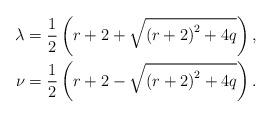
LaTeX: \begin{align*}\lambda & =\frac{1}{2}\left( r+2+\sqrt{\left( r+2\right) ^{2}+4q}\right),\\\nu & =\frac{1}{2}\left( r+2-\sqrt{\left( r+2\right) ^{2}+4q}\right) .\end{align*}